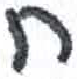
אות: ח